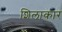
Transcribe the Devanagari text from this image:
शिलाकार